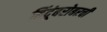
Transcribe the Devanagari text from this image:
हिंदूंबरोबरची